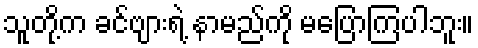
သူတို့က ခင်ဗျားရဲ့ နာမည်ကို မပြောကြပါဘူး။